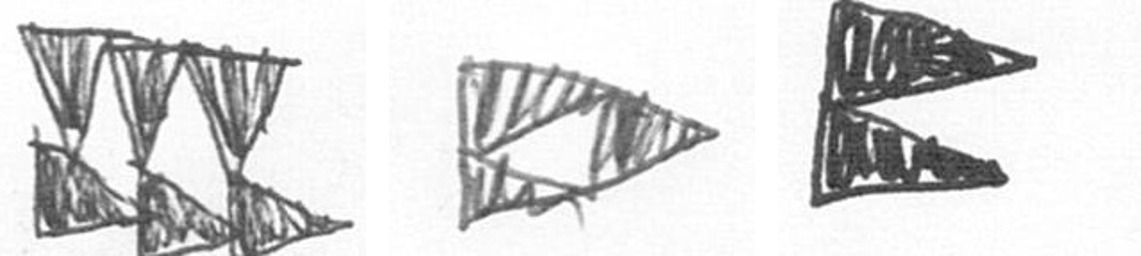
D K P